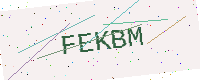
Text: FEKBM